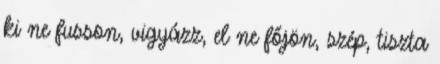
ki ne fusson, vigyázz, el ne főjön, szép, tiszta